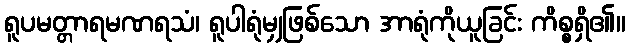
ရူပမတ္တာရမဏရသံ၊ ရူပါရုံမျှဖြစ်သော အာရုံကိုယူခြင်း ကိစ္စရှိ၏။